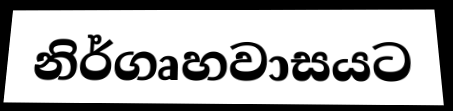
නිර්ගෘහවාසයට